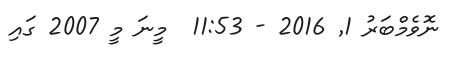
ނޮވެމްބަރު 1